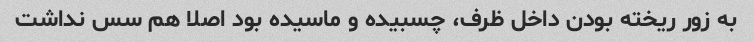
به زور ریخته بودن داخل ظرف، چسبیده و ماسیده بود اصلا هم سس نداشت